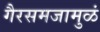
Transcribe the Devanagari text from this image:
गैरसमजामुळं